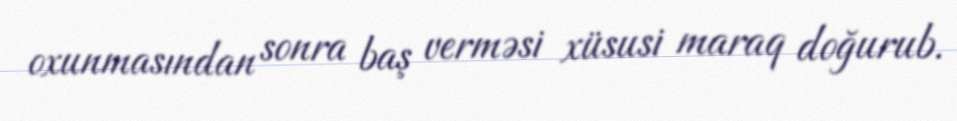
oxunmasından sonra baş verməsi xüsusi maraq doğurub.